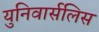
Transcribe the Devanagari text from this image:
युनिवार्सलिस